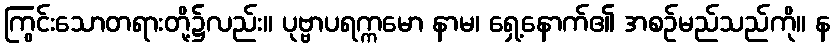
ကြွင်းသောတရားတို့၌လည်း။ ပုဗ္ဗာပရက္ကမော နာမ၊ ရှေ့နောက်၏ အစဉ်မည်သည်ကို။ န